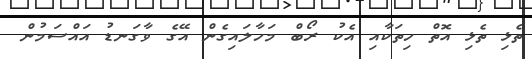
ތެޅި ތެޅި އޮތް ހިތަކާއި އެކު ރޯބް މަހާލައިގެން އޭގެ ވާގަނޑު އައްސަމުން